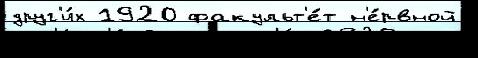
друг'и́х 1920 факульт'е́т н'е́рвной